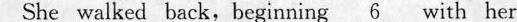
Shewalkedback,beginnirg\underline{6}with her